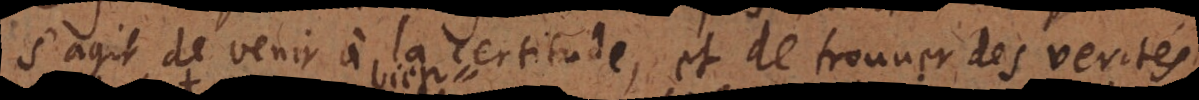
s’agit de venir à la certitude, et de trouver des verités